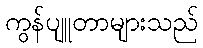
ကွန်ပျူတာများသည်